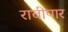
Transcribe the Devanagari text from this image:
रावीपार